Leaving Certificate Examination (including Day School Certificate (Higher) General paper), 1934
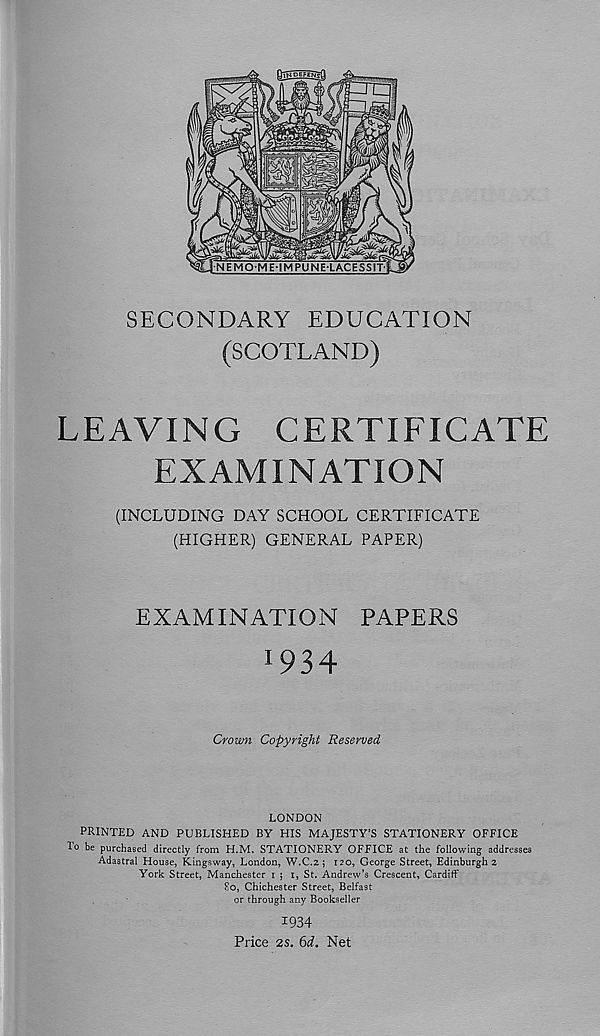
SECONDARY EDUCATION
(SCOTLAND)
LEAVING CERTIFICATE
EXAMINATION
(INCLUDING DAY SCHOOL CERTIFICATE
(HIGHER) GENERAL PAPER)
EXAMINATION PAPERS
I 934
Crown Copyright Reserved
LONDON
PRINTED AND PUBLISHED BY HIS MAJESTY’S STATIONERY OFFICE
Fo be purchased directly from H.M. STATIONERY OFFICE at the following addresses
Adastral House, Kingsway, London, W.C.2 ; 120, George Street, Edinburgh 2
York Street, Manchester 1 ; 1, St. Andrew’s Crescent, Cardiff
80, Chichester Street, Belfast
or through any Bookseller
1934